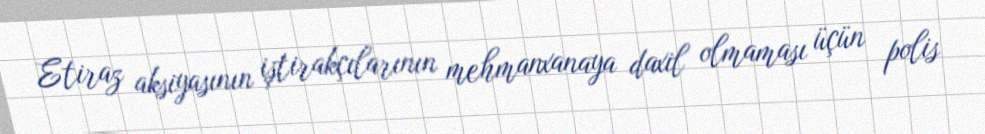
Etiraz aksiyasının iştirakçılarının mehmanxanaya daxil olmaması üçün polis